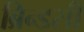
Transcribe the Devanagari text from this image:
ब्रिन्डसी